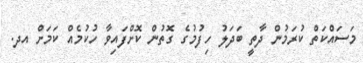
މަސައްކަތް ކުރަމުން ދާތީ ބަދަލު ހިިފުމުގެ ގޮތުން ކޮށްފައިވާ ހުކުމެއް ކަމަށް އދ.